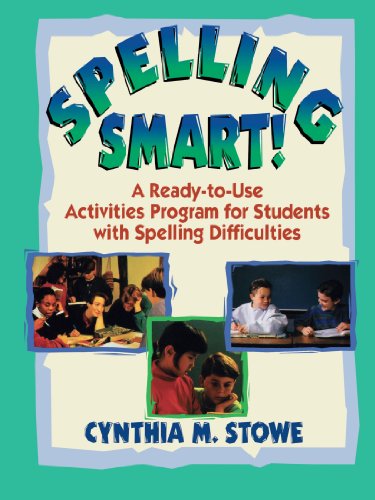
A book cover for Spelling Smart!: A Ready-to-Use Activities Program for Students with Spelling Difficulties; Cynthia M. Stowe; Reference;